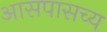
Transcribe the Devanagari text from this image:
आसपासच्य